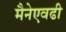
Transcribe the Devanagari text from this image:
मैनेएवढी